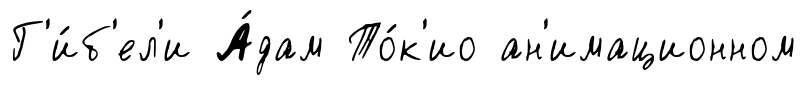
Г'и́б'ел'и А́дам То́к'ио ан'имационном